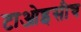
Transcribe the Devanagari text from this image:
टाओइसीच